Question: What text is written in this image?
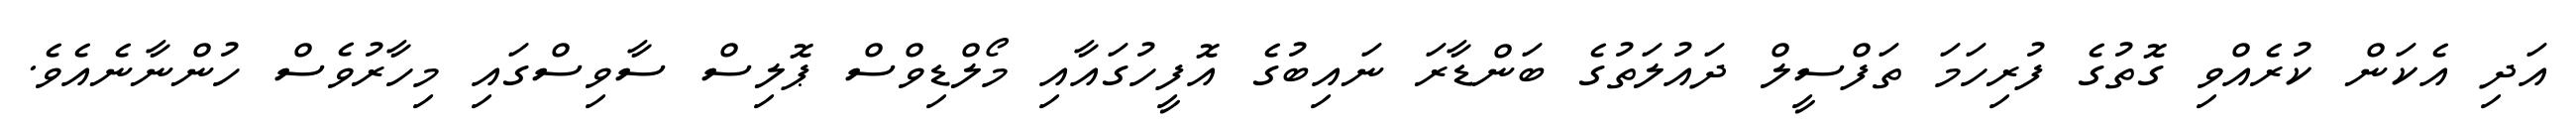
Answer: އަދި އެކަން ކުރެއްވި ގޮތުގެ ފުރިހަމަ ތަފްސީލް ދައުލަތުގެ ބަންޑާރަ ނައިބުގެ އޮފީހުގައާއި މޯލްޑިވްސް ޕޮލިސް ސާވިސްގައި މިހާރުވެސް ހުންނާނެއެވެ.